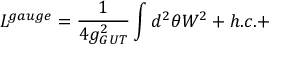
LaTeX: { \cal L } ^ { g a u g e } = \frac { 1 } { 4 g _ { G U T } ^ { 2 } } \int d ^ { 2 } \theta { \cal W } ^ { 2 } + h . c . +